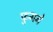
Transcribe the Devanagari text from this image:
फुगगे